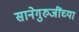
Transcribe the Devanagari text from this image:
सानेगुरुजींच्या